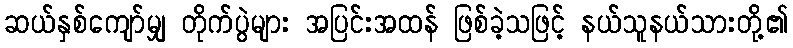
ဆယ်နှစ်ကျော်မျှ တိုက်ပွဲများ အပြင်းအထန် ဖြစ်ခဲ့သဖြင့် နယ်သူနယ်သားတို့၏